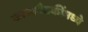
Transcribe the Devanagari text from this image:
काव्यबैठकींमध्ये